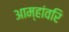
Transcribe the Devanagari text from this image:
आम्हांवरि